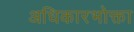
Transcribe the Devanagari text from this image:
अधिकारभोक्ता